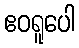
ဧဝရူပေါ